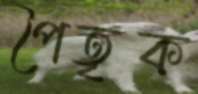
পৈতৃক